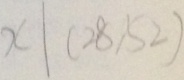
x \vert ( 2 8 , 5 2 )